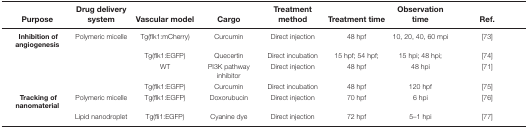
<table><thead><tr><td><b>Purpose</b></td><td><b>Drug delivery system</b></td><td><b>Vascular model</b></td><td><b>Cargo</b></td><td><b>Treatment method</b></td><td><b>Treatment time</b></td><td><b>Observation time</b></td><td><b>Ref. </b></td></tr></thead><tbody><tr><td><b>Inhibition of angiogenesis</b></td><td>Polymeric micelle</td><td>Tg(flk1:mCherry)</td><td>Curcumin</td><td>Direct injection</td><td>48 hpf</td><td>10, 20, 40, 60 mpi</td><td>[73]</td></tr><tr><td></td><td></td><td>Tg(flk1:EGFP)</td><td>Quecertin</td><td>Direct incubation</td><td>15 hpf; 54 hpf;</td><td>15 hpi; 48 hpi;</td><td>[74]</td></tr><tr><td></td><td></td><td>WT</td><td>PI3K pathway inhibitor</td><td>Direct injection</td><td>48 hpf</td><td>48 hpi</td><td>[71]</td></tr><tr><td></td><td></td><td>Tg(flk1:EGFP)</td><td>Curcumin</td><td>Direct incubation</td><td>48 hpf</td><td>120 hpf</td><td>[75]</td></tr><tr><td><b>Tracking of nanomaterial</b></td><td>Polymeric micelle</td><td>Tg(flk1:EGFP)</td><td>Doxorubucin</td><td>Direct injection</td><td>70 hpf</td><td>6 hpi</td><td>[76]</td></tr><tr><td></td><td>Lipid nanodroplet</td><td>Tg(fli1:EGFP)</td><td>Cyanine dye</td><td>Direct injection</td><td>72 hpf</td><td>5–1 hpi</td><td>[77]</td></tr></tbody></table>